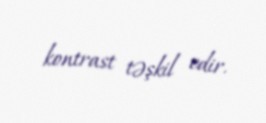
kontrast təşkil edir.